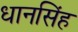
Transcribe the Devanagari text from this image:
धानसिंह